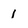
Character: 1